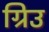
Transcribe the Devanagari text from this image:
ग्रिउ